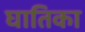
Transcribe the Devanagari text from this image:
घातिका